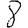
Digit: 8